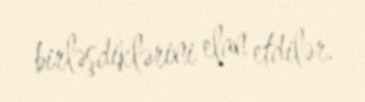
birləşdiklərini elan etdilər.